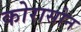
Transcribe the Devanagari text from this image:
कोरासोन